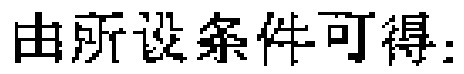
由所设条件可得：